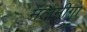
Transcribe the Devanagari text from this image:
मलमीगा